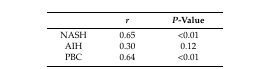
|  | r | P-Value |
 | --- | --- | --- |
 | NASH | 0.65 | <0.01 |
 | AIH | 0.30 | 0.12 |
 | PBC | 0.64 | <0.01 |